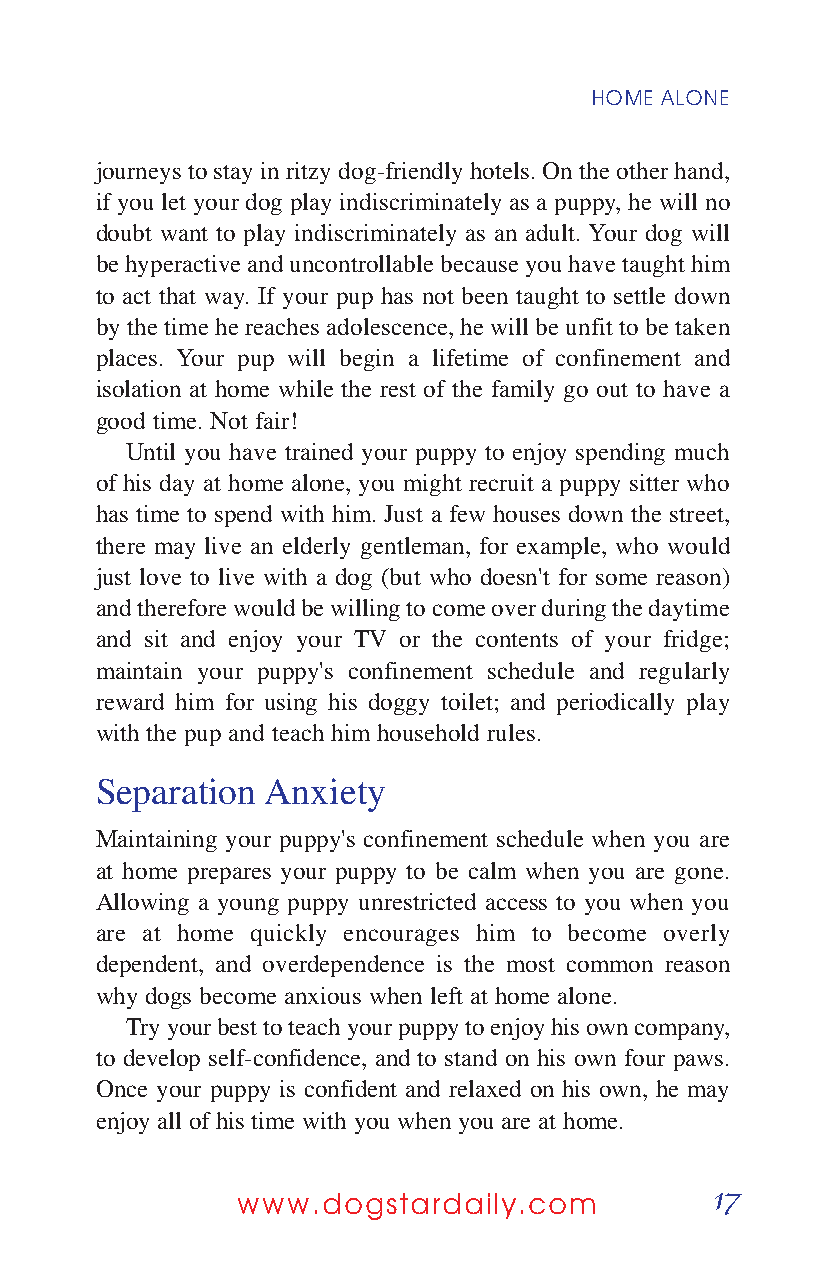
HOME ALONE
 journeys to stay in ritzy dog-friendly hotels. On the other hand,
 if you let your dog play indiscriminately as a puppy, he will no
 doubt want to play indiscriminately as an adult. Your dog will
 be hyperactive and uncontrollable because you have taught him
 to act that way. If your pup has not been taught to settle down
 by the time he reaches adolescence, he will be unfit to be taken
 places. Your pup will begin a lifetime of confinement and
 isolation at home while the rest of the family go out to have a
 good time. Not fair!
 Until you have trained your puppy to enjoy spending much
 of his day at home alone, you might recruit a puppy sitter who
 has time to spend with him. Just a few houses down the street,
 there may live an elderly gentleman, for example, who would
 just love to live with a dog (but who doesn't for some reason)
 and therefore would be willing to come over during the daytime
 and sit and enjoy your TV or the contents of your fridge;
 maintain your puppy's confinement schedule and regularly
 reward him for using his doggy toilet; and periodically play
 with the pup and teach him household rules.
 Separation  Anxiety
 Maintaining your puppy's confinement schedule when you are
 at home prepares your puppy to be calm when you are gone.
 Allowing a young puppy unrestricted access to you when you
 are at home quickly encourages him to become overly
 dependent, and overdependence is the most common reason
 why dogs become anxious when left at home alone.
 Try your best to teach your puppy to enjoy his own company,
 to develop self-confidence, and to stand on his own four paws.
 Once your puppy is confident and relaxed on his own, he may
 enjoy all of his time with you when you are at home.
 17
 www.dogstardaily.com